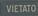
vietato